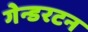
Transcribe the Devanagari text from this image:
गेन्डरटन